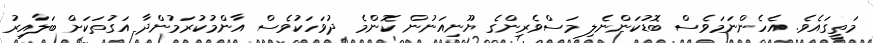
މަތީގައެވެ. އެހެންނަމަވެސް ބޮޑުކަންނެލި މަސްވެރިންގެ ޔޫނިއަނުން ކޮންމެ ދުވަހަކުވެސް އާންމުކުރަމުންދާ އަގުތަކަށް ބަލާއިރު